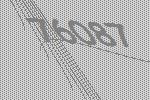
76087